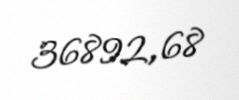
36892,68